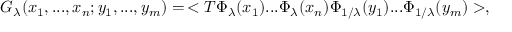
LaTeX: G _ { \lambda } ( x _ { 1 } , . . . , x _ { n } ; y _ { 1 } , . . . , y _ { m } ) = \, < T \Phi _ { \lambda } ( x _ { 1 } ) . . . \Phi _ { \lambda } ( x _ { n } ) \Phi _ { 1 / \lambda } ( y _ { 1 } ) . . . \Phi _ { 1 / \lambda } ( y _ { m } ) > ,